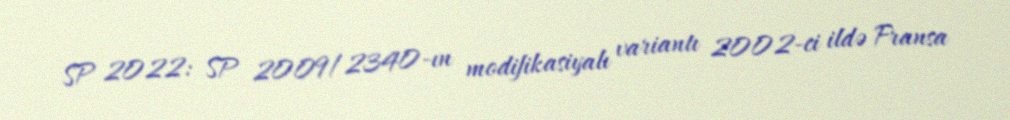
SP 2022: SP 2009/2340-ın modifikasiyalı variantı 2002-ci ildə Fransa